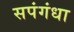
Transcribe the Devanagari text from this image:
सपंगंधा